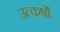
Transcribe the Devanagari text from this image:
उत्कर्षों